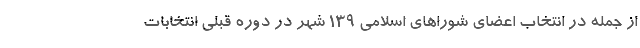
از جمله در انتخاب اعضای شوراهای اسلامی ۱۳۹ شهر در دوره قبلی انتخابات